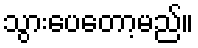
သွားပေတော့မည်။